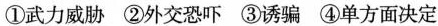
①武力威胁②外交恐吓③诱骗④单方面决定